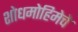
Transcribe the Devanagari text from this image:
शोधमोहिमेचे